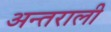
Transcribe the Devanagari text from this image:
अन्तराली